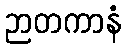
ဉာတကာနံ